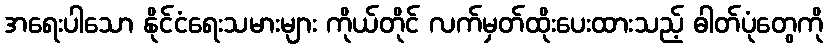
အရေးပါသော နိုင်ငံရေးသမားများ ကိုယ်တိုင် လက်မှတ်ထိုးပေးထားသည့် ဓါတ်ပုံတွေကို